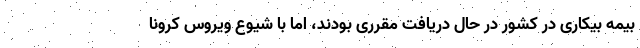
بیمه بیکاری در کشور در حال دریافت مقرری بودند، اما با شیوع ویروس کرونا